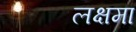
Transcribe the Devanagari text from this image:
लक्षमा